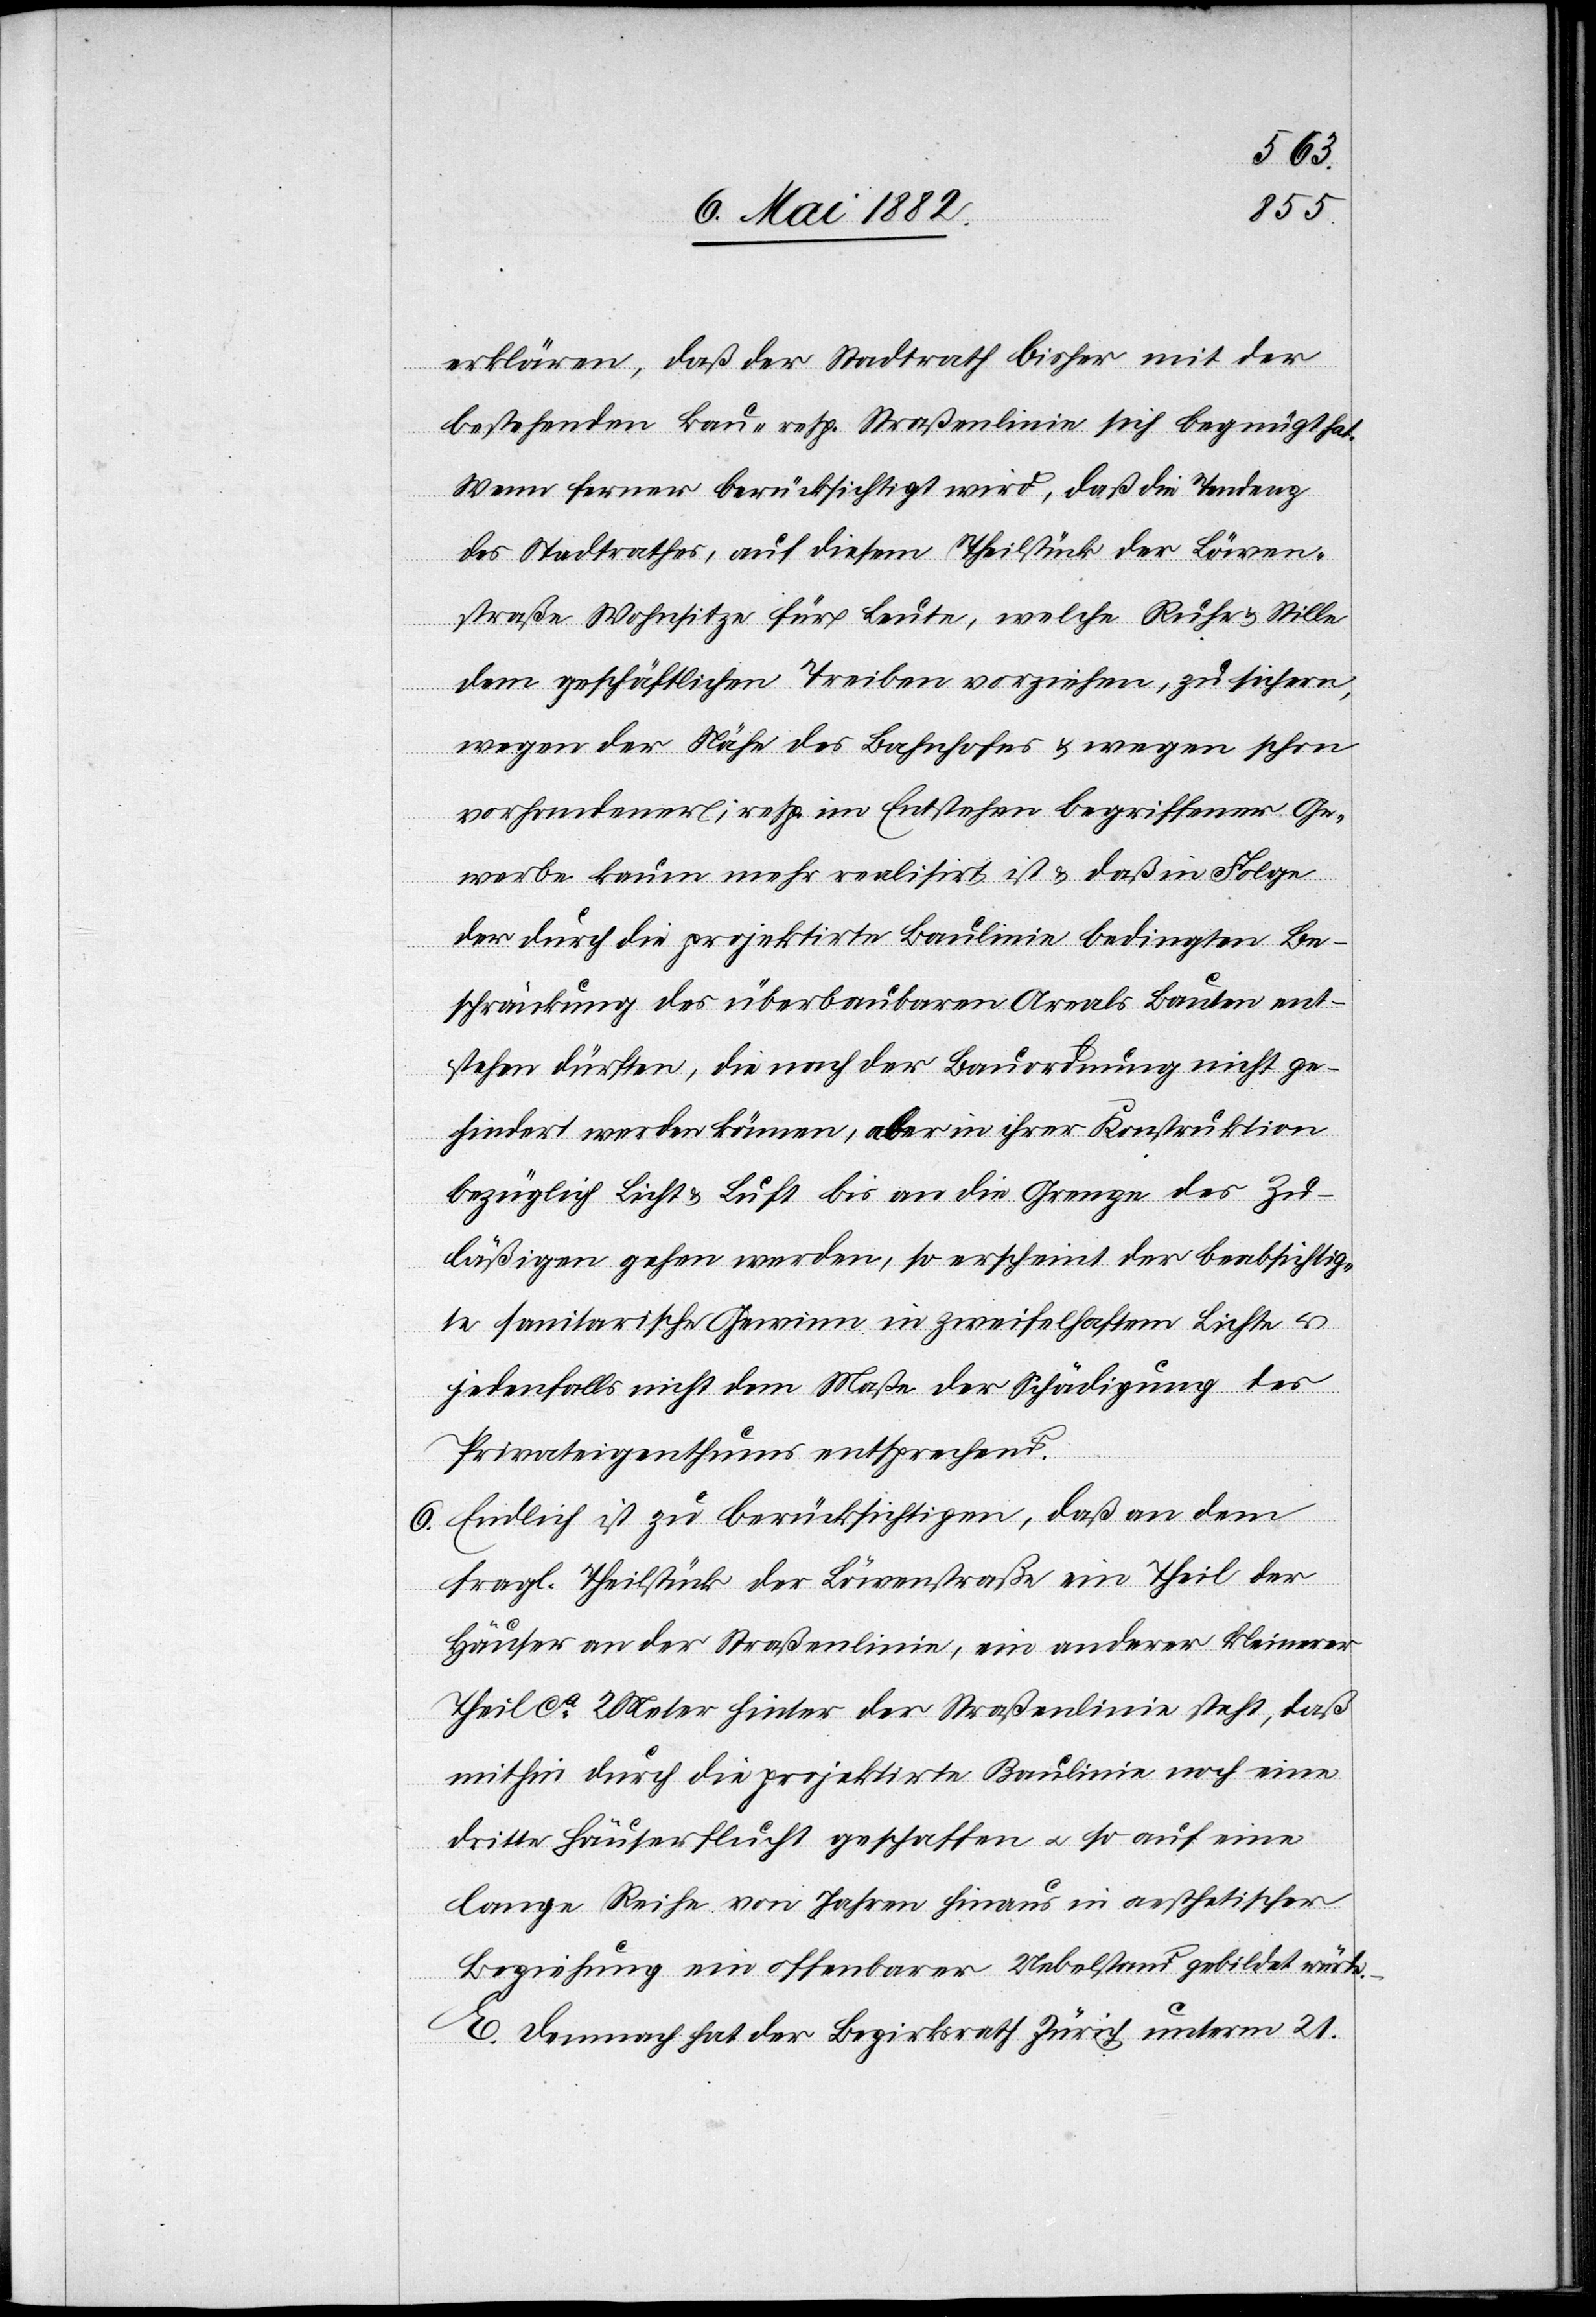
erklären, daß der Stadtrath bisher mit der
bestehenden Bau- resp. Straßenlinie sich genügt hat.
Wenn ferner berücksichtigt wird, daß die Tendenz
des Stadtrathes, auf diesem Theilstück der Löwen¬
straße Wohnsitze für Leute, welche Ruhe & Stille
dem geschäftlichen Treiben vorziehen, zu sichern,
wegen der Nähe des Bahnhofes & wegen schon
vorhandener, resp. im Entstehen begriffener Ge¬
werbe kaum mehr realisirt ist & daß in Folge
der durch die projektirte Baulinie bedingten Be¬
schränkung des überbaubaren Areals Bauten ent¬
stehen dürften, die nach der Bauordnung nicht ge¬
hindert werden können, aber in ihrer Konstruktion
bezüglich Licht & Luft bis an die Grenze des Zu¬
läßigen gehen werden, so erscheint der beabsichtig¬
te sanitarische Gewinn in zweifelhaftem Lichte u.
jedenfalls nicht dem Maße der Schädigung des
Privateigenthums entsprechend.
6. Endlich ist zu berücksichtigen, daß an dem
fragl. Theilstück der Löwenstraße ein Theil der
Häuser an der Straßenlinie, ein anderer kleinerer
Theil ca 2 Meter hinter der Straßenlinie steht, daß
mithin durch die projektirte Baulinie noch eine
dritte Häuserflucht geschaffen u. so auf eine
lange Reihe von Jahren hinaus in aesthetischer
Beziehung ein offenbarer Uebelstand gebildet würde.
E. Demnach hat der Bezirksrath Zürich unterm 21.